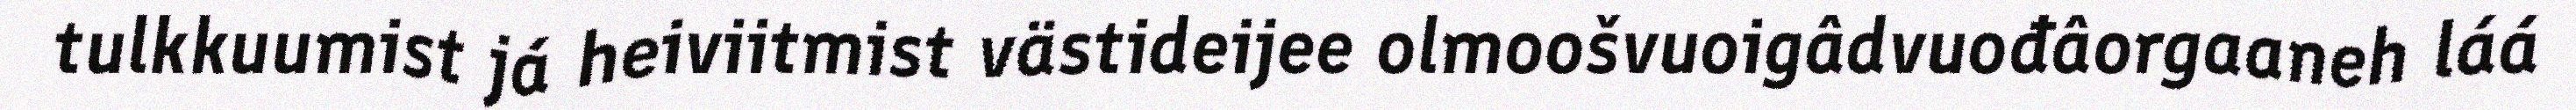
tulkkuumist já heiviitmist västideijee olmoošvuoigâdvuođâorgaaneh láá